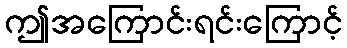
ဤအကြောင်းရင်းကြောင့်